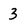
Character: 3